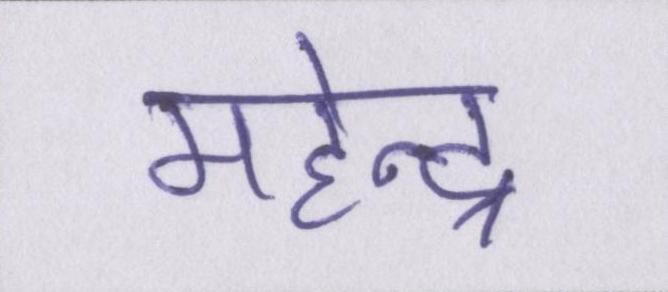
महेन्द्र